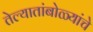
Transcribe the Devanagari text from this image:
तेल्यातांबोळ्यांचे